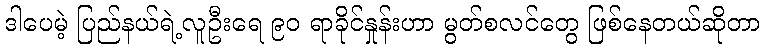
ဒါပေမဲ့ ပြည်နယ်ရဲ့လူဦးရေ ၉၀ ရာခိုင်နှုန်းဟာ မွတ်စလင်တွေ ဖြစ်နေတယ်ဆိုတာ